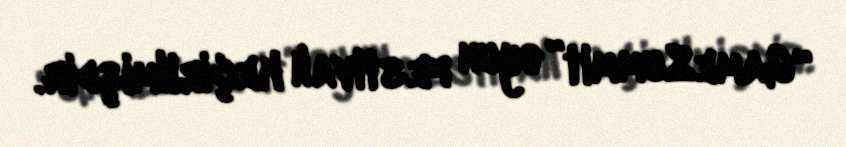
“GameSummit” oyun festivalı keçirilmişdir.